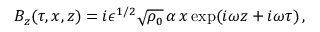
B _ { z } ( \tau , x , z ) = i \epsilon ^ { 1 / 2 } \sqrt { \rho _ { 0 } } \, \alpha \, x \exp ( i \omega z + i \omega \tau ) \, ,